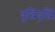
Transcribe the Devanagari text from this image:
बुद्धिवृद्धि